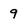
Character: 9